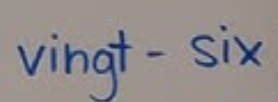
vingt-Six